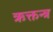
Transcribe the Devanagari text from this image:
ऋक्तन्त्र